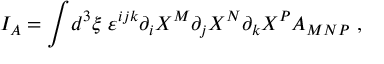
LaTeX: I _ { A } = \int \! d ^ { 3 } \xi \; \varepsilon ^ { i j k } \partial _ { i } X ^ { M } \partial _ { j } X ^ { N } \partial _ { k } X ^ { P } A _ { M N P } \ ,